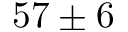
5 7 \pm 6